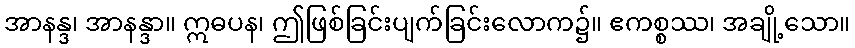
အာနန္ဒ၊ အာနန္ဒာ။ ဣဓပန၊ ဤဖြစ်ခြင်းပျက်ခြင်းလောက၌။ ဧကစ္စဿ၊ အချို့သော။